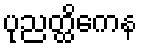
ပုညတ္ထိကေန